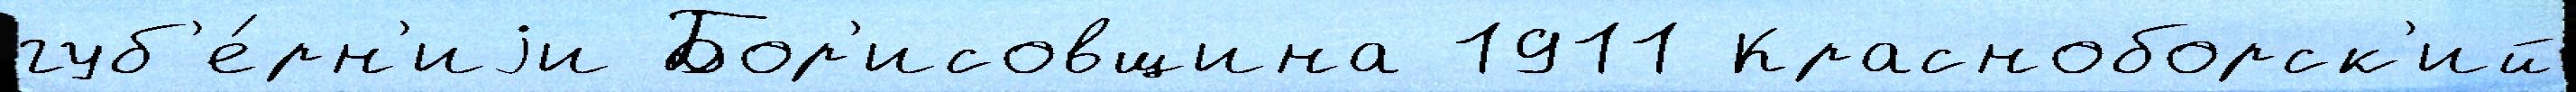
губ'е́рн'иjи Бор'исовщина 1911 Красноборск'ий